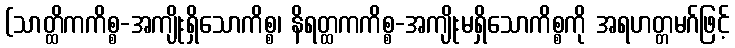
(သာတ္ထိကကိစ္စ-အကျိုးရှိသောကိစ္စ၊ နိရတ္ထကကိစ္စ-အကျိုးမရှိသောကိစ္စကို အရဟတ္တမဂ်ဖြင့်